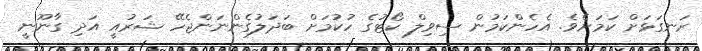
ރަނގަޅަށް ކަމަށެވެ. އެހެންކަމުން ސިވިލް ކޯޓުގެ ހުކުމަށް ބަދަލުގެންނަންޖެހޭ ޝަރުއީ އަދި ގާނޫނީ